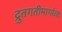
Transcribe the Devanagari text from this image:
द्रुतगतीमार्गाला